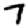
Digit: 7